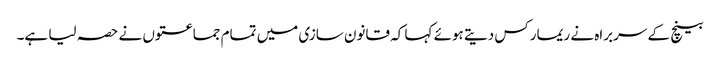
بینچ کے سربراہ نے ریمارکس دیتے ہوئے کہا کہ قانون سازی میں تمام جماعتوں نے حصہ لیا ہے۔